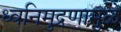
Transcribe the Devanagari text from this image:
ध्वनिमुद्रणामुळे